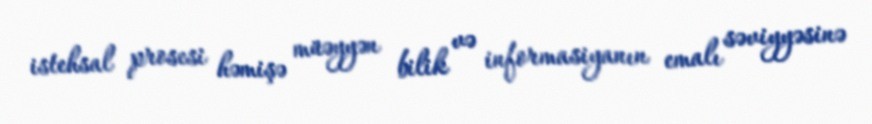
istehsal prosesi həmişə müəyyən bilik və informasiyanın emalı səviyyəsinə